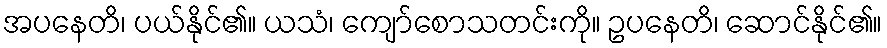
အပနေတိ၊ ပယ်နိုင်၏။ ယသံ၊ ကျော်စောသတင်းကို။ ဥပနေတိ၊ ဆောင်နိုင်၏။